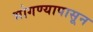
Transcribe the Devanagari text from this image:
भोगण्यापासून